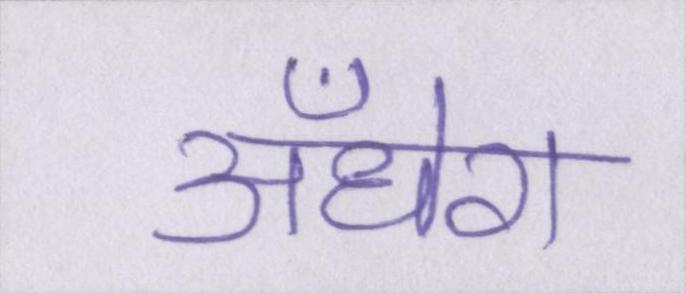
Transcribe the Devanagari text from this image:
अँधेरा